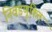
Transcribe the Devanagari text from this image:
निवडणूकित